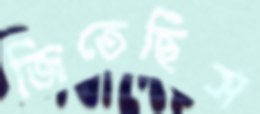
জিতেছিস